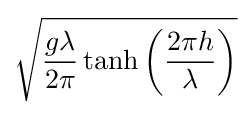
{\sqrt {{\frac {g\lambda }{2\pi }}\tanh \left({\frac {2\pi h}{\lambda }}\right)}}